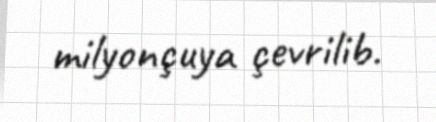
milyonçuya çevrilib.